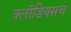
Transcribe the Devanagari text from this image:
क्लॉडियसच